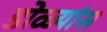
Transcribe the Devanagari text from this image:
डोळ्यांस